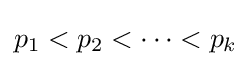
p_{1}<p_{2}<\cdots <p_{k}